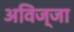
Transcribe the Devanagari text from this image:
अविज्जा